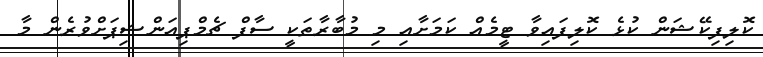
ކޮލިފިކޭޝަން ކުޅެ ކޮލިފައިވާ ޓީމެއް ކަމަށާއި މި މުބާރާތަކީ ސާފް ޗެމްޕިއަންޝިޕަށްވުރެން މާ